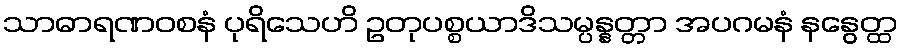
သာဓာရဏဝစနံ ပုရိသေဟိ ဥတုပစ္စယာဒိသမ္ပန္နတ္တာ အပဂမနံ နနွေတ္ထ